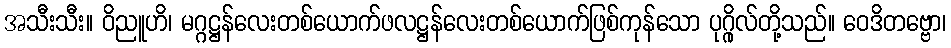
အသီးသီး။ ဝိညူဟိ၊ မဂ္ဂဋ္ဌန်လေးတစ်ယောက်ဖလဋ္ဌန်လေးတစ်ယောက်ဖြစ်ကုန်သော ပုဂ္ဂိုလ်တို့သည်။ ဝေဒိတဗ္ဗော၊